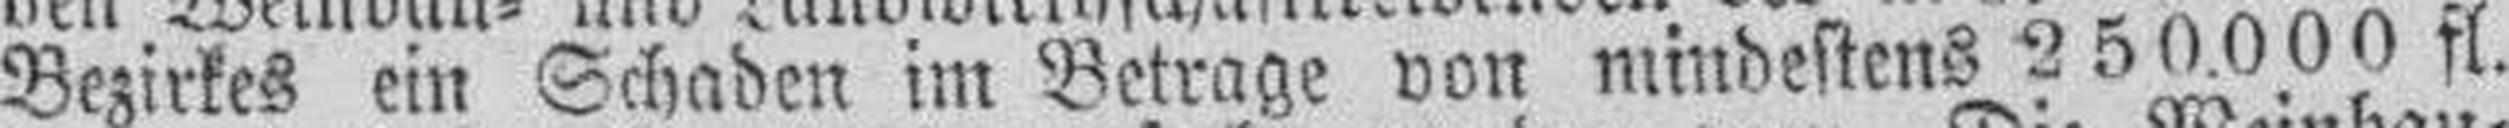
Bezirkes ein Schaden im Betrage von mindestens 250.000 fl.